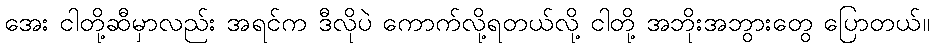
အေး ငါတို့ဆီမှာလည်း အရင်က ဒီလိုပဲ ကောက်လို့ရတယ်လို့ ငါတို့ အဘိုးအဘွားတွေ ပြောတယ်။